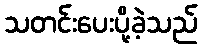
သတင်းပေးပို့ခဲ့သည်